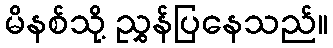
မိနစ်သို့ ညွှန်ပြနေသည်။